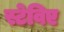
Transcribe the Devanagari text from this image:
स्टेविए